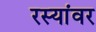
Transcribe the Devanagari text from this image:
रस्यांवर